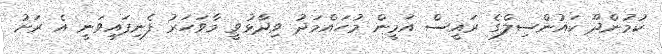
ކުމުންދޫ ކައުންސިލްގެ ރައީސް އަމީން މުހައްމަދު ވިދާޅުވީ މާވަހަރު ފެނިފައިވަނީ އެ ރަށު